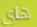
هااي